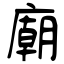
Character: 廟